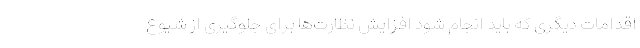
اقدامات دیگری که باید انجام شود افزایش نظارت‌ها برای جلوگیری از شیوع